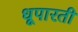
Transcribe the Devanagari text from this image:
धूपारती